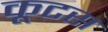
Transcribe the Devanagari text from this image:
कूटस